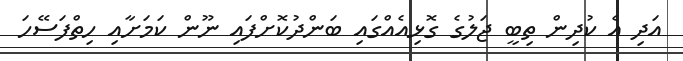
އަދި އެ ކުދިން ތިބީ ޖަލުގެ ގޮޅިއެއްގައި ބަންދުކޮށްފައި ނޫން ކަމަށާއި ހިތްފަސޭހަ